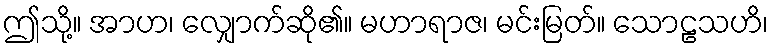
ဤသို့။ အာဟ၊ လျှောက်ဆို၏။ မဟာရာဇ၊ မင်းမြတ်။ သောဠသဟိ၊